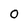
Character: o